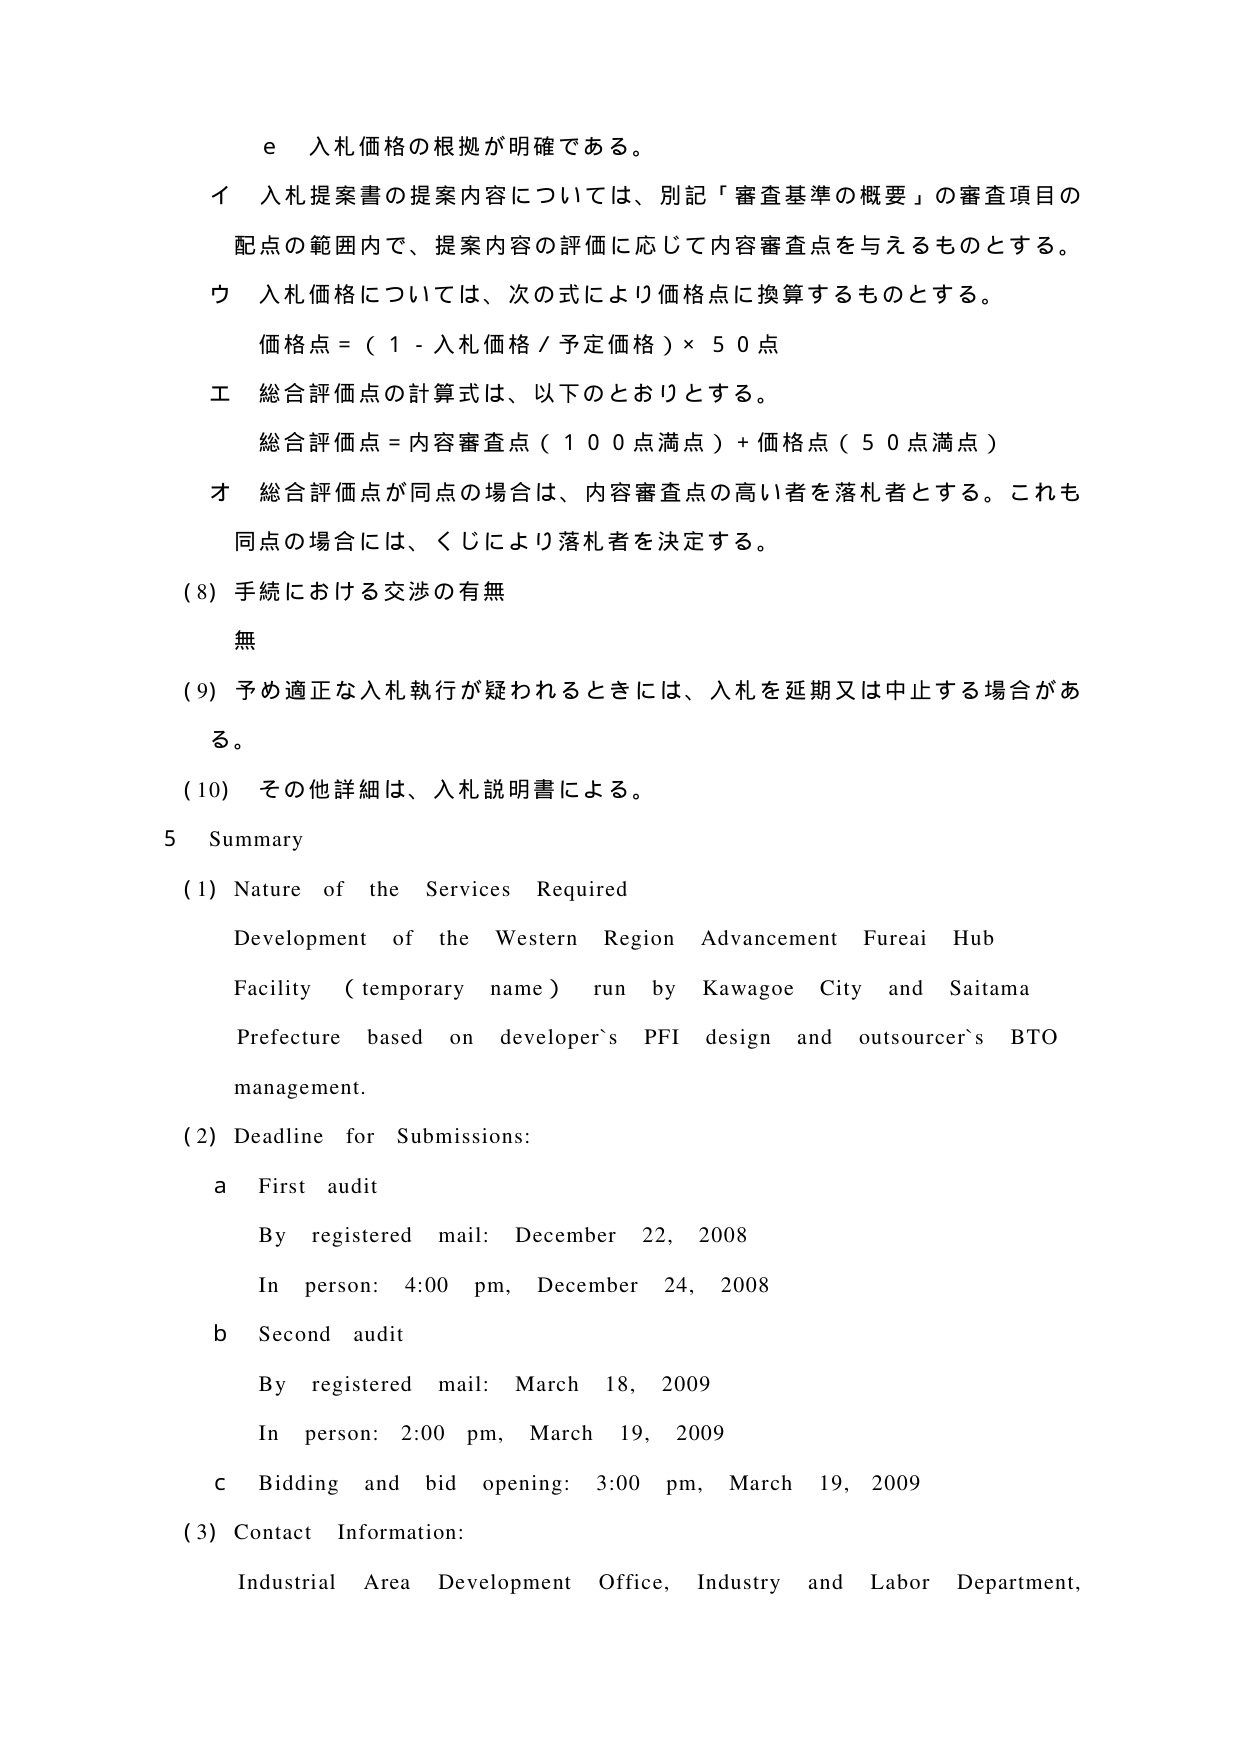
e 入札価格の根拠が明確である。

イ 入札提案書の提案内容については、別記「審査基準の概要」の審査項目の配点の範囲内で、提案内容の評価に応じて内容審査点を与えるものとする。

ウ 入札価格については、次の式により価格点に換算するものとする。
価格点 = ( 1 - 入札価格 / 予定価格 ) × 50点

エ 総合評価点の計算式は、以下のとおりとする。
総合評価点 = 内容審査点（100点満点）+ 価格点（50点満点）

オ 総合評価点が同点の場合は、内容審査点の高い者を落札者とする。これも同点の場合は、くじにより落札者を決定する。

(8) 手続における交渉の有無
無

(9) 予め適正な入札執行が疑われるときには、入札を延期又は中止する場合がある。

(10) その他詳細は、入札説明書による。

5 Summary

(1) Nature of the Services Required
Development of the Western Region Advancement Fureai Hub Facility (temporary name) run by Kawagoe City and Saitama Prefecture based on developer's PFI design and outsourcer's BTO management.

(2) Deadline for Submissions:
a First audit
By registered mail: December 22, 2008
In person: 4:00 pm, December 24, 2008

b Second audit
By registered mail: March 18, 2009
In person: 2:00 pm, March 19, 2009

c Bidding and bid opening: 3:00 pm, March 19, 2009

(3) Contact Information:
Industrial Area Development Office, Industry and Labor Department,